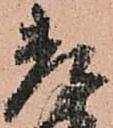
老